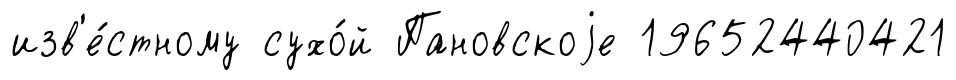
изв'е́стному сухо́й Пановскоjе 19652440421